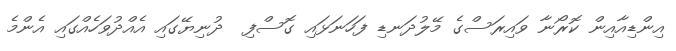
އިންޑިއާއިން ކޮރޯނާ ވައިރަސްގެ މޭލުދަނޑި ފަހަނަޅައި ގޮސްފި  ދުނިޔޭގައި އެއްދުވަހެއްގައި އެންމެ